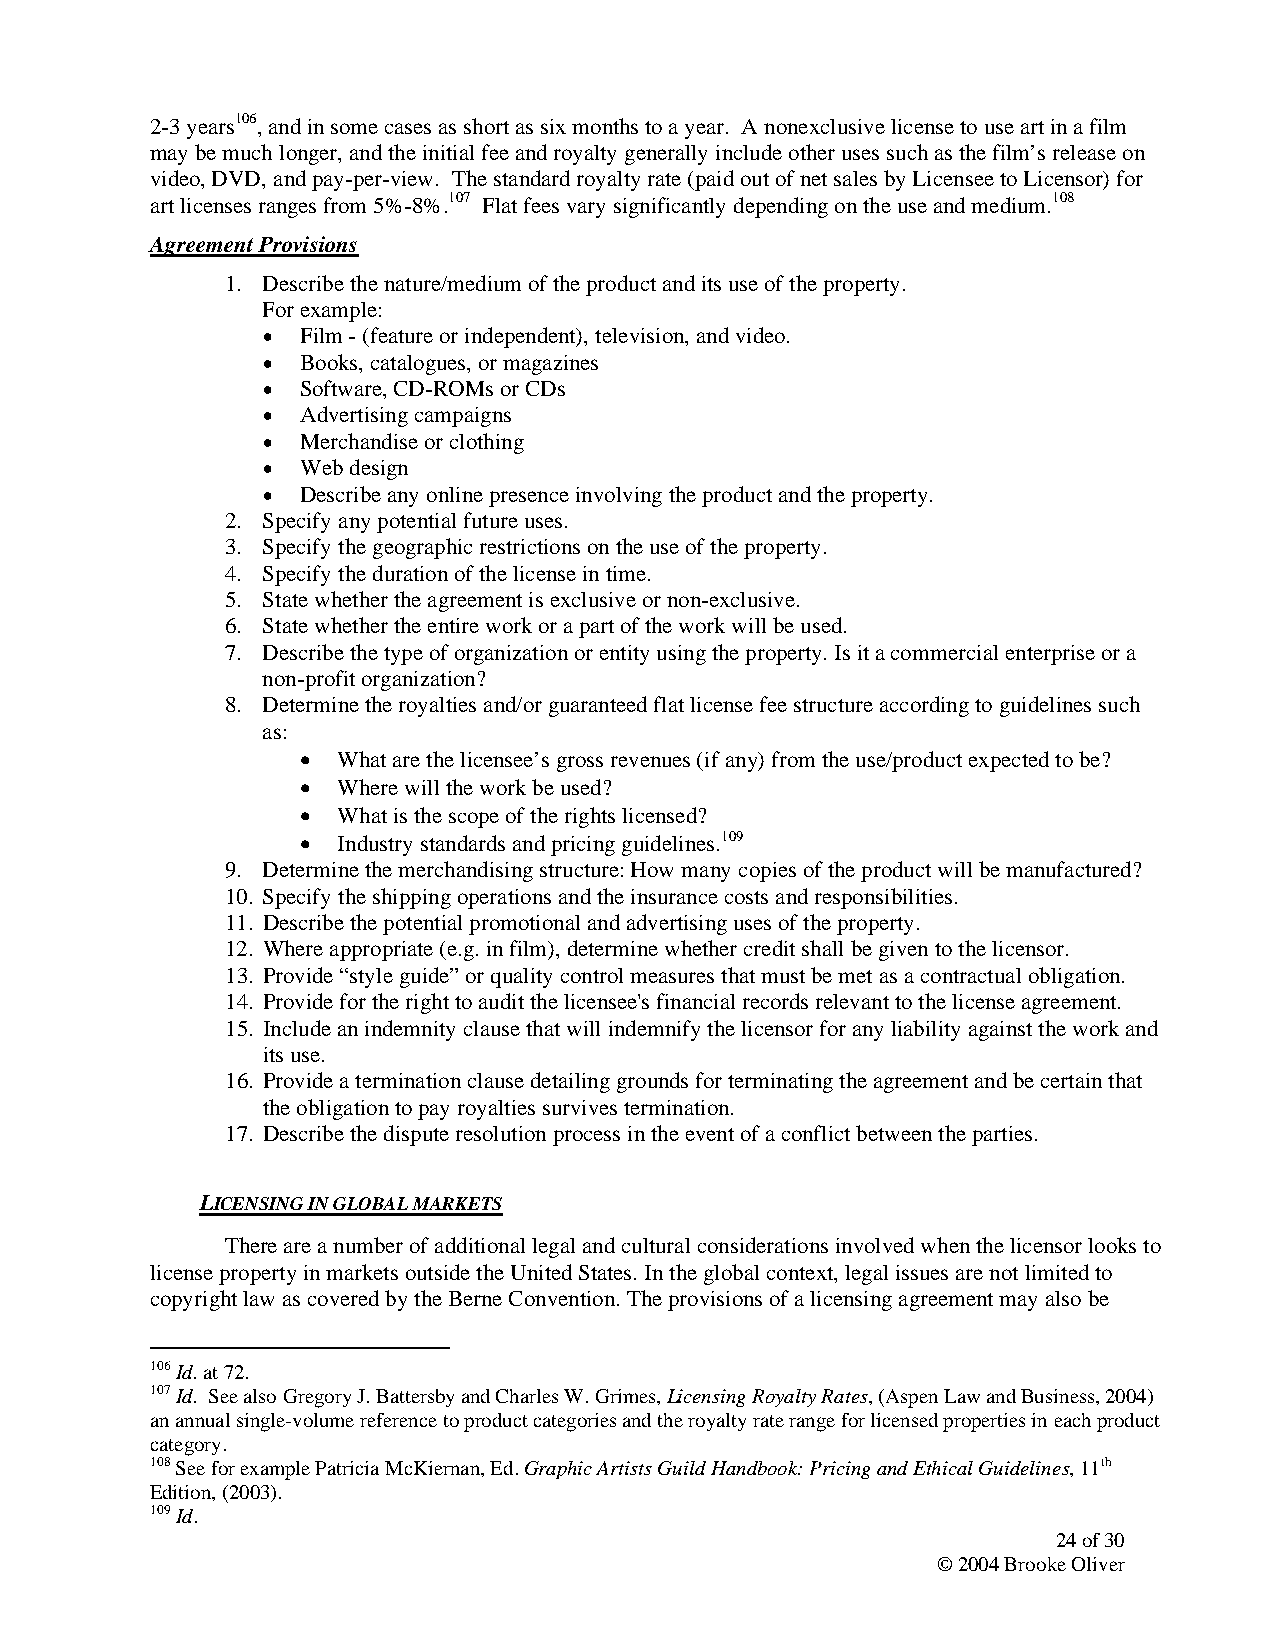
2-3 years106, and in some cases as short as six months to a year. A nonexclusive license to use art in a film
 may be much longer, and the initial fee and royalty generally include other uses such as the film’s release on
 video, DVD, and pay-per-view. The standard royalty rate (paid out of net sales by Licensee to Licensor) for
 art licenses ranges from 5%-8%.107 Flat fees vary significantly depending on the use and medium.108
 Agreement Provisions
 1. Describe the nature/medium of the product and its use of the property.
 For example:
 •  Film - (feature or independent), television, and video.
 •  Books, catalogues, or magazines
 •  Software, CD-ROMs or CDs
 •  Advertising campaigns
 •  Merchandise or clothing
 •  Web design
 •  Describe any online presence involving the product and the property.
 2. Specify any potential future uses.
 3. Specify the geographic restrictions on the use of the property.
 4. Specify the duration of the license in time.
 5. State whether the agreement is exclusive or non-exclusive.
 6. State whether the entire work or a part of the work will be used.
 7. Describe the type of organization or entity using the property. Is it a commercial enterprise or a
 non-profit organization?
 8. Determine the royalties and/or guaranteed flat license fee structure according to guidelines such
 as:
 • What are the licensee’s gross revenues (if any) from the use/product expected to be?
 • Where will the work be used?
 • What is the scope of the rights licensed?
 • Industry standards and pricing guidelines.109
 9. Determine the merchandising structure: How many copies of the product will be manufactured?
 10. Specify the shipping operations and the insurance costs and responsibilities.
 11. Describe the potential promotional and advertising uses of the property.
 12. Where appropriate (e.g. in film), determine whether credit shall be given to the licensor.
 13. Provide “style guide” or quality control measures that must be met as a contractual obligation.
 14. Provide for the right to audit the licensee's financial records relevant to the license agreement.
 15. Include an indemnity clause that will indemnify the licensor for any liability against the work and
 its use.
 16. Provide a termination clause detailing grounds for terminating the agreement and be certain that
 the obligation to pay royalties survives termination.
 17. Describe the dispute resolution process in the event of a conflict between the parties.
 LICENSING IN GLOBAL MARKETS
 There are a number of additional legal and cultural considerations involved when the licensor looks to
 license property in markets outside the United States. In the global context, legal issues are not limited to
 copyright law as covered by the Berne Convention. The provisions of a licensing agreement may also be
 106 Id. at 72.
 107 Id. See also Gregory J. Battersby and Charles W. Grimes, Licensing Royalty Rates, (Aspen Law and Business, 2004)
 an annual single-volume reference to product categories and the royalty rate range for licensed properties in each product
 category.
 108 See for example Patricia McKiernan, Ed. Graphic Artists Guild Handbook: Pricing and Ethical Guidelines, 11th
 Edition, (2003).
 109 Id.
 24 of 30
 © 2004 Brooke Oliver